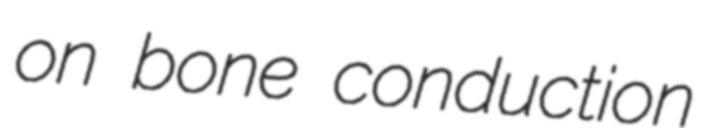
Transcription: on bone conduction